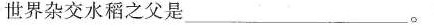
世界杂交水稻之父是___。